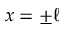
x = \pm \ell